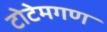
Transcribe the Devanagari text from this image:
टोटेमगण